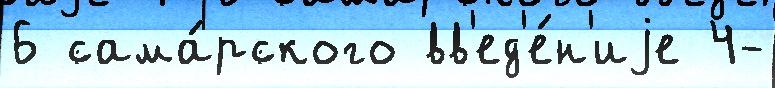
6 сама́рского вв'ед'е́н'иjе 4-